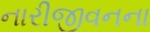
નારીજીવનના